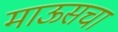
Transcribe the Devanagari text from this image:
माऊसचा